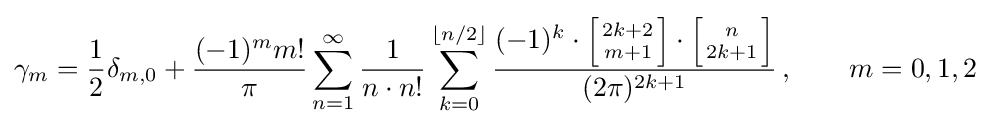
\gamma _{m}={\frac {1}{2}}\delta _{m,0}+{\frac {(-1)^{m}m!}{\pi }}\sum _{n=1}^{\infty }{\frac {1}{n\cdot n!}}\sum _{k=0}^{\lfloor n/2\rfloor }{\frac {(-1)^{k}\cdot \left[{2k+2 \atop m+1}\right]\cdot \left[{n \atop 2k+1}\right]}{(2\pi )^{2k+1}}}\,,\qquad m=0,1,2